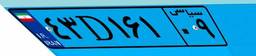
۴۳D۱۶۱۰۹